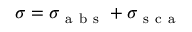
\sigma = \sigma _ { \mathrm { ~ a ~ b ~ s ~ } } + \sigma _ { \mathrm { ~ s ~ c ~ a ~ } }